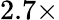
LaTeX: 2.7\times